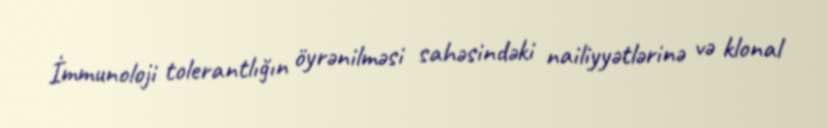
İmmunoloji tolerantlığın öyrənilməsi sahəsindəki nailiyyətlərinə və klonal